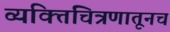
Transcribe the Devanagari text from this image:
व्यक्तिचित्रणातूनच